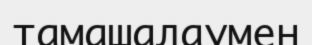
тамашалаумен